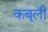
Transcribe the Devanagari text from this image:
कबूली